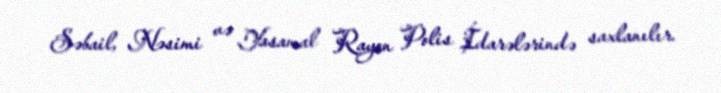
Səbail, Nəsimi və Yasamal Rayon Polis İdarələrində saxlanılır.